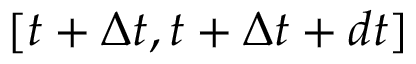
[ t + \Delta t , t + \Delta t + d t ]